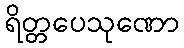
ရိတ္တပေသုဏော